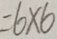
= 6 \times 6